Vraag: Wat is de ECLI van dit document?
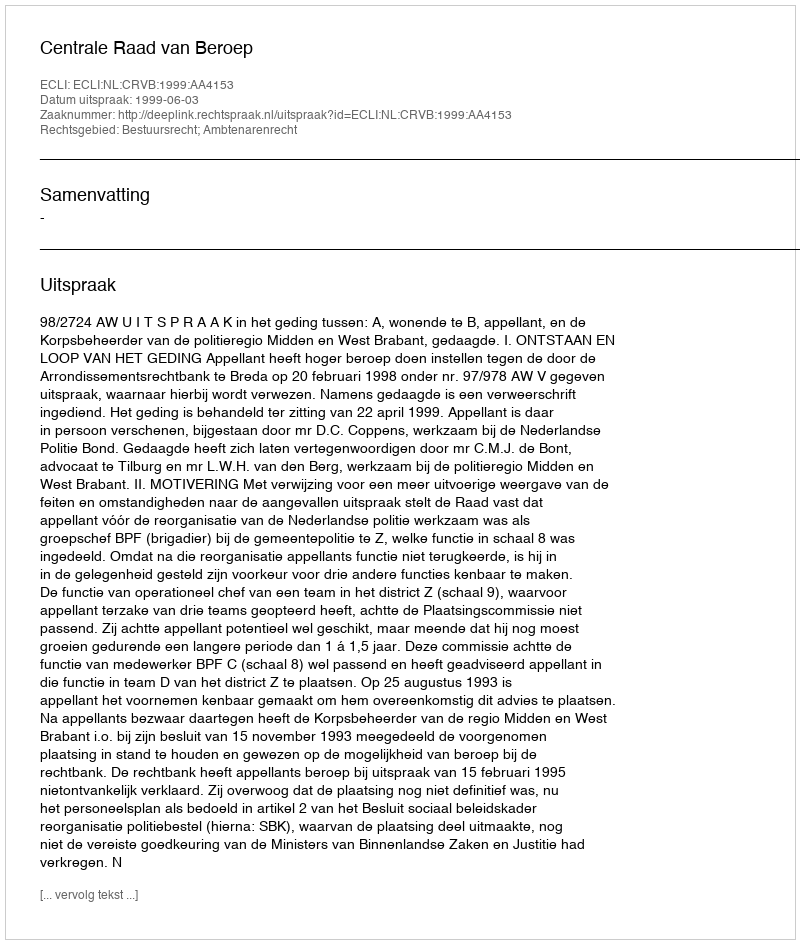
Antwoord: ECLI:NL:CRVB:1999:AA4153